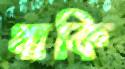
থাকি